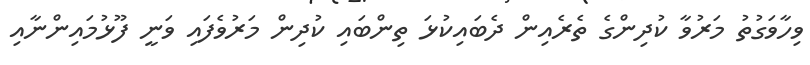
ވިހާވަގުތު މަރުވާ ކުދިންގެ ތެރެއިން ދެބައިކުޅަ ތިންބައި ކުދިން މަރުވެފައި ވަނީ ފޫޅުމައިންނާއި